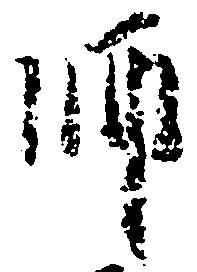
師